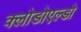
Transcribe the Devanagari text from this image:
क्लोडोएल्डो